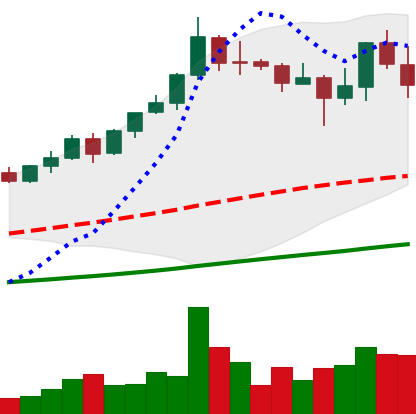
Ticker: BNB-USD
Chart end date: 2021-04-22
Forward return: 12.343%
Label: up_7plus